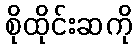
စိုထိုင်းဆကို